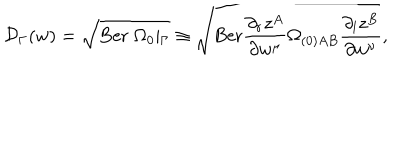
{ \cal D } _ { \Gamma } ( w ) = \sqrt { \mathrm { B e r } \; \Omega _ { 0 } \vert _ { \Gamma } } \equiv \sqrt { \mathrm { B e r } \frac { \partial _ { r } z ^ { A } } { \partial w ^ { \mu } } \Omega _ { ( 0 ) A B } \frac { \partial _ { l } z ^ { B } } { \partial w ^ { \nu } } } ,